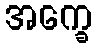
အက္ခေ